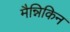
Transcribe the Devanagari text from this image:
मैन्निकिन